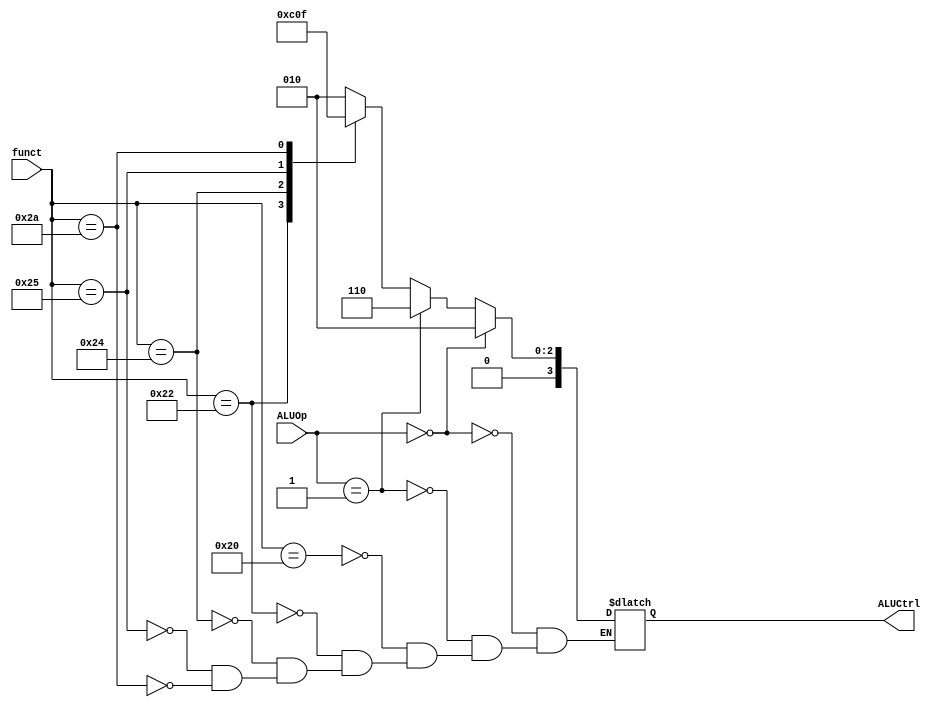
`timescale 1ns / 1ps
//////////////////////////////////////////////////////////////////////////////////
// Company: 
// Engineer: 
// 
// Design Name: 
// Module Name: ALU_control
// Project Name: 
// Target Devices: 
// Tool Versions: 
// Description: 
// 
// Dependencies: 
// 
// Revision:
// Revision 0.01 - File Created
// Additional Comments:
// 
//////////////////////////////////////////////////////////////////////////////////


module ALU_control(
    input [1:0] ALUOp,
    input [5:0] funct,
    output reg [3:0] ALUCtrl
    );
    always @(ALUOp or ALUCtrl) begin
        if (ALUOp == 2'b00) ALUCtrl <= 4'b0010;
        else if (ALUOp == 2'b01) ALUCtrl <= 4'b0110;
        else case (funct)
            6'b100000: // add
                ALUCtrl <= 4'b0010;
            6'b100010: // sub
                ALUCtrl <= 4'b0110;
            6'b100100: // and
                ALUCtrl <= 4'b0000;
            6'b100101: // or
                ALUCtrl <= 4'b0001;
            6'b101010: // slt
                ALUCtrl <= 4'b0111;
        endcase
    end
endmodule